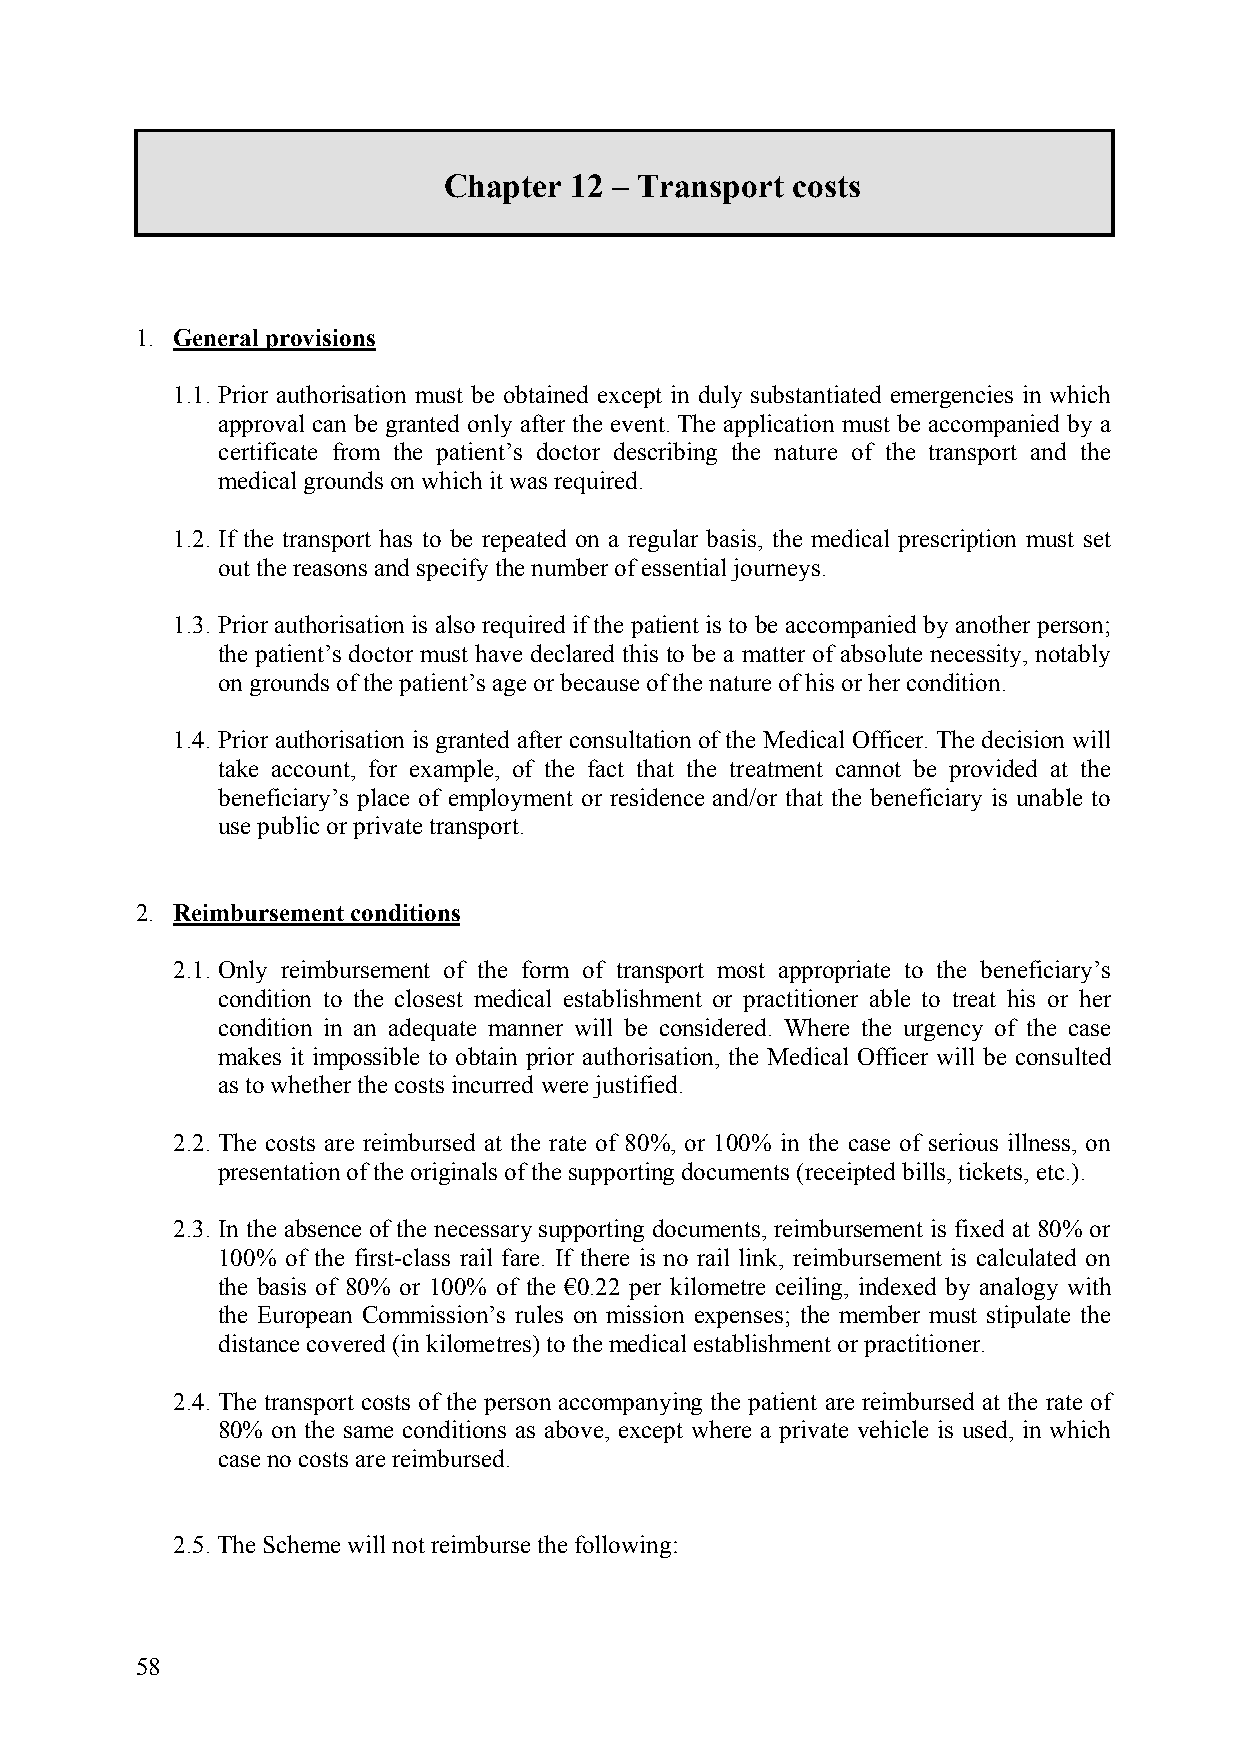
Chapter  12 – Transport costs
 1. General provisions
 1.1. Prior authorisation must be obtained except in duly substantiated emergencies in which
 approval can be granted only after the event. The application must be accompanied by a
 certificate from the patient’s doctor describing the nature of the transport and the
 medical grounds on which it was required.
 1.2. If the transport has to be repeated on a regular basis, the medical prescription must set
 out the reasons and specify the number of essential journeys.
 1.3. Prior authorisation is also required if the patient is to be accompanied by another person;
 the patient’s doctor must have declared this to be a matter of absolute necessity, notably
 on grounds of the patient’s age or because of the nature of his or her condition.
 1.4. Prior authorisation is granted after consultation of the Medical Officer. The decision will
 take account, for example, of the fact that the treatment cannot be provided at the
 beneficiary’s place of employment or residence and/or that the beneficiary is unable to
 use public or private transport.
 2. Reimbursement conditions
 2.1. Only reimbursement of the form of transport most appropriate to the beneficiary’s
 condition to the closest medical establishment or practitioner able to treat his or her
 condition in an adequate manner will be considered. Where the urgency of the case
 makes it impossible to obtain prior authorisation, the Medical Officer will be consulted
 as to whether the costs incurred were justified.
 2.2. The costs are reimbursed at the rate of 80%, or 100% in the case of serious illness, on
 presentation of the originals of the supporting documents (receipted bills, tickets, etc.).
 2.3. In the absence of the necessary supporting documents, reimbursement is fixed at 80% or
 100% of the first-class rail fare. If there is no rail link, reimbursement is calculated on
 the basis of 80% or 100% of the €0.22 per kilometre ceiling, indexed by analogy with
 the European Commission’s rules on mission expenses; the member must stipulate the
 distance covered (in kilometres) to the medical establishment or practitioner.
 2.4. The transport costs of the person accompanying the patient are reimbursed at the rate of
 80% on the same conditions as above, except where a private vehicle is used, in which
 case no costs are reimbursed.
 2.5. The Scheme will not reimburse the following:
 58